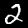
Digit: 2